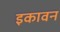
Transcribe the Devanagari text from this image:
इकावन